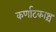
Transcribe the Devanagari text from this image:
कर्णाटकाश्च